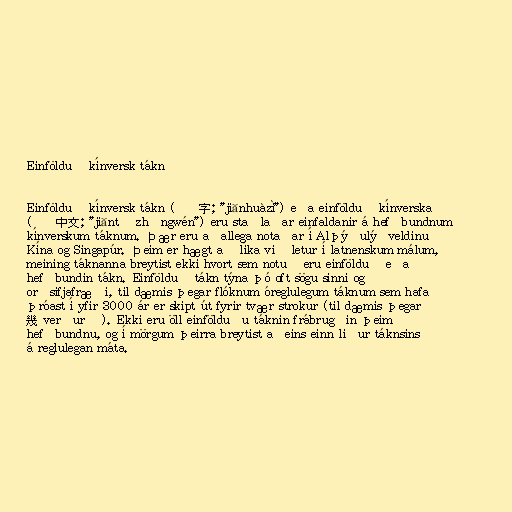
Einfölduð kínversk tákn

Einfölduð kínversk tákn (简体字; "jiǎnhuàzì") eða einfölduð kínverska
(简体中文; "jiǎntǐ zhōngwén") eru staðlaðar einfaldanir á hefðbundnum
kínverskum táknum. Þær eru aðallega notaðar í Alþýðulýðveldinu
Kína og Singapúr. Þeim er hægt að líka við letur í latnenskum málum,
meining táknanna breytist ekki hvort sem notuð eru einfölduð eða
hefðbundin tákn. Einfölduð tákn týna þó oft sögu sinni og
orðsifjafræði, til dæmis þegar flóknum óreglulegum táknum sem hafa
þróast í yfir 3000 ár er skipt út fyrir tvær strokur (til dæmis þegar
幾 verður 几). Ekki eru öll einfölduðu táknin frábrugðin þeim
hefðbundnu, og í mörgum þeirra breytist aðeins einn liður táknsins
á reglulegan máta.